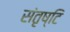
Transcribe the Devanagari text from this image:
संतृष्टि